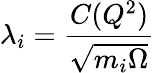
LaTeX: \lambda_{i}=\frac{C(Q^{2})}{\sqrt{m_{i}\Omega}}